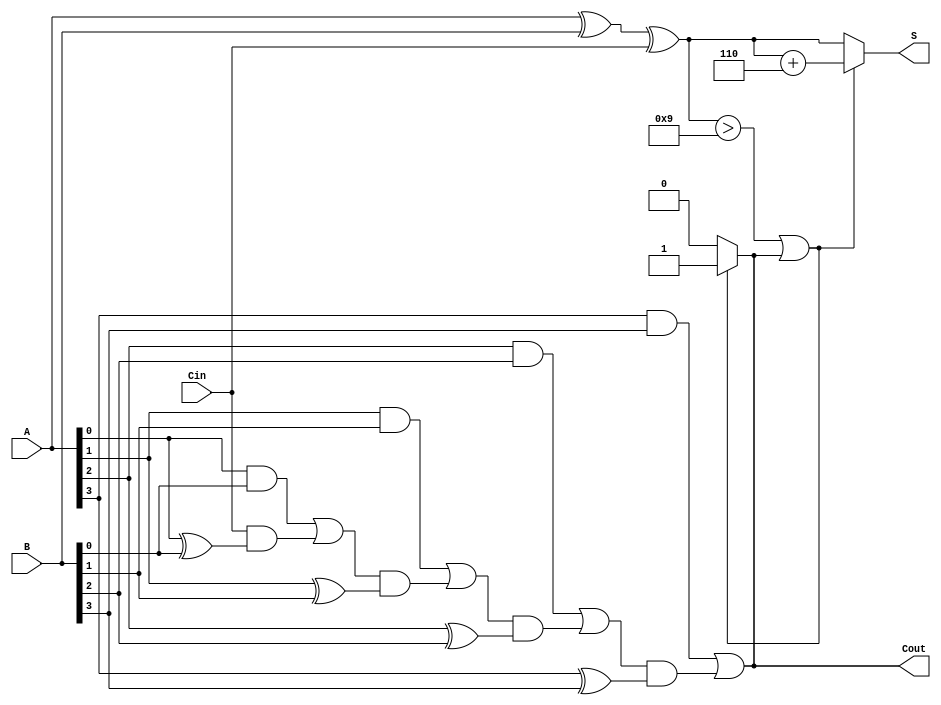
module BCD_Carry_Lookahead_Adder (
    input [3:0] A,          // First BCD digit
    input [3:0] B,          // Second BCD digit
    input Cin,              // Carry-in
    output reg [3:0] S,     // Sum (BCD result)
    output reg Cout         // Carry-out
);

    // Intermediate signals
    wire [3:0] sum;         // Initial sum without correction
    wire [3:0] carry;       // Carry signals for lookahead
    wire [3:0] C;           // Carries for each bit position

    // Initial binary addition
    assign sum = A ^ B ^ {3'b0, Cin}; // XOR for the sum bit
    assign carry[0] = A[0] & B[0]; // Carry for bit 0
    assign C[0] = carry[0] | (Cin & (A[0] ^ B[0])); // General carry out for bit 0

    assign carry[1] = A[1] & B[1]; // Carry for bit 1
    assign C[1] = carry[1] | (C[0] & (A[1] ^ B[1])); // General carry out for bit 1

    assign carry[2] = A[2] & B[2]; // Carry for bit 2
    assign C[2] = carry[2] | (C[1] & (A[2] ^ B[2])); // General carry out for bit 2

    assign carry[3] = A[3] & B[3]; // Carry for bit 3
    assign C[3] = carry[3] | (C[2] & (A[3] ^ B[3])); // General carry out for bit 3

    // Final carry out
    assign Cout = C[3];

    // BCD Correction: Check if sum exceeds 9 or if Cout is 1
    always @(*) begin
        if (sum > 9 || Cout) begin
            S = sum + 4'b0110; // Add 6 for correction
            Cout = 1'b1;       // Set carry-out
        end else begin
            S = sum;           // No correction needed
            Cout = 1'b0;       // Clear carry-out
        end
    end

endmodule